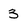
Character: 3